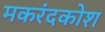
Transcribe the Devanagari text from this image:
मकरंदकोश